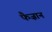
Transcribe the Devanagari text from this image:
फैज़ान